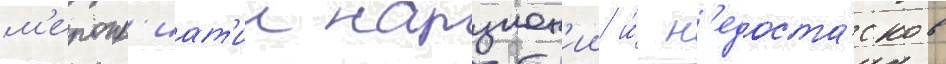
м'еропр'иат'ии нарушен'ии и́ н'едоста́тков